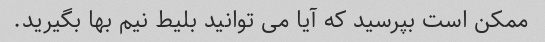
ممکن است بپرسید که آیا می توانید بلیط نیم بها بگیرید.